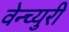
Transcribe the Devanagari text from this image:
वेन्च्युरी